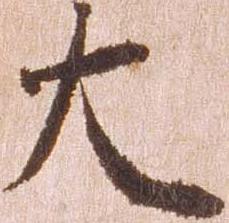
大